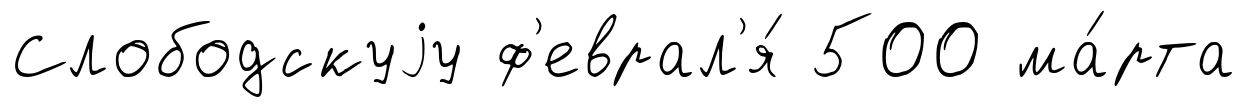
Слободскуjу ф'еврал'я́ 500 ма́рта